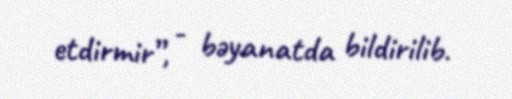
etdirmir”, - bəyanatda bildirilib.